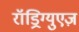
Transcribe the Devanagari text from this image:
रॉड्रिग्युएज़